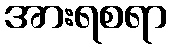
အားရစရာ